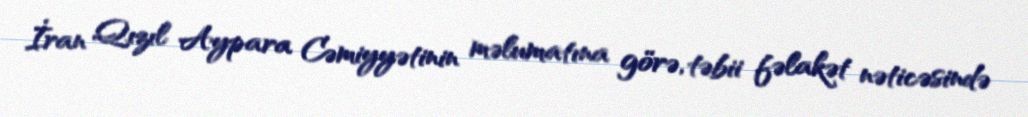
İran Qızıl Aypara Cəmiyyətinin məlumatına görə, təbii fəlakət nəticəsində